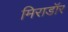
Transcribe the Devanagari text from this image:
मिराडॉर